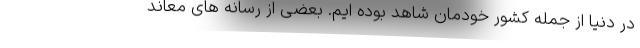
در دنیا از جمله کشور خودمان شاهد بوده ایم. بعضی از رسانه های معاند